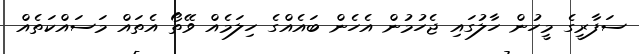
ސަފާރީގެ މީހުން ހާލުގައި ޖެހުމުން އެހެން ބައެއްގެ ހިލަމެއް ވޭތޯ އެތައް މަސައްކަތެއް